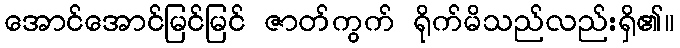
အောင်အောင်မြင်မြင် ဇာတ်ကွက် ရိုက်မိသည်လည်းရှိ၏။